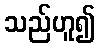
သည်ဟူ၍